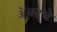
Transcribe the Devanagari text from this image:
ॲक्टचे